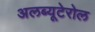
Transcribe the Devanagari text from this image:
अलब्यूटेरोल